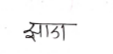
मजकूर: झाडा